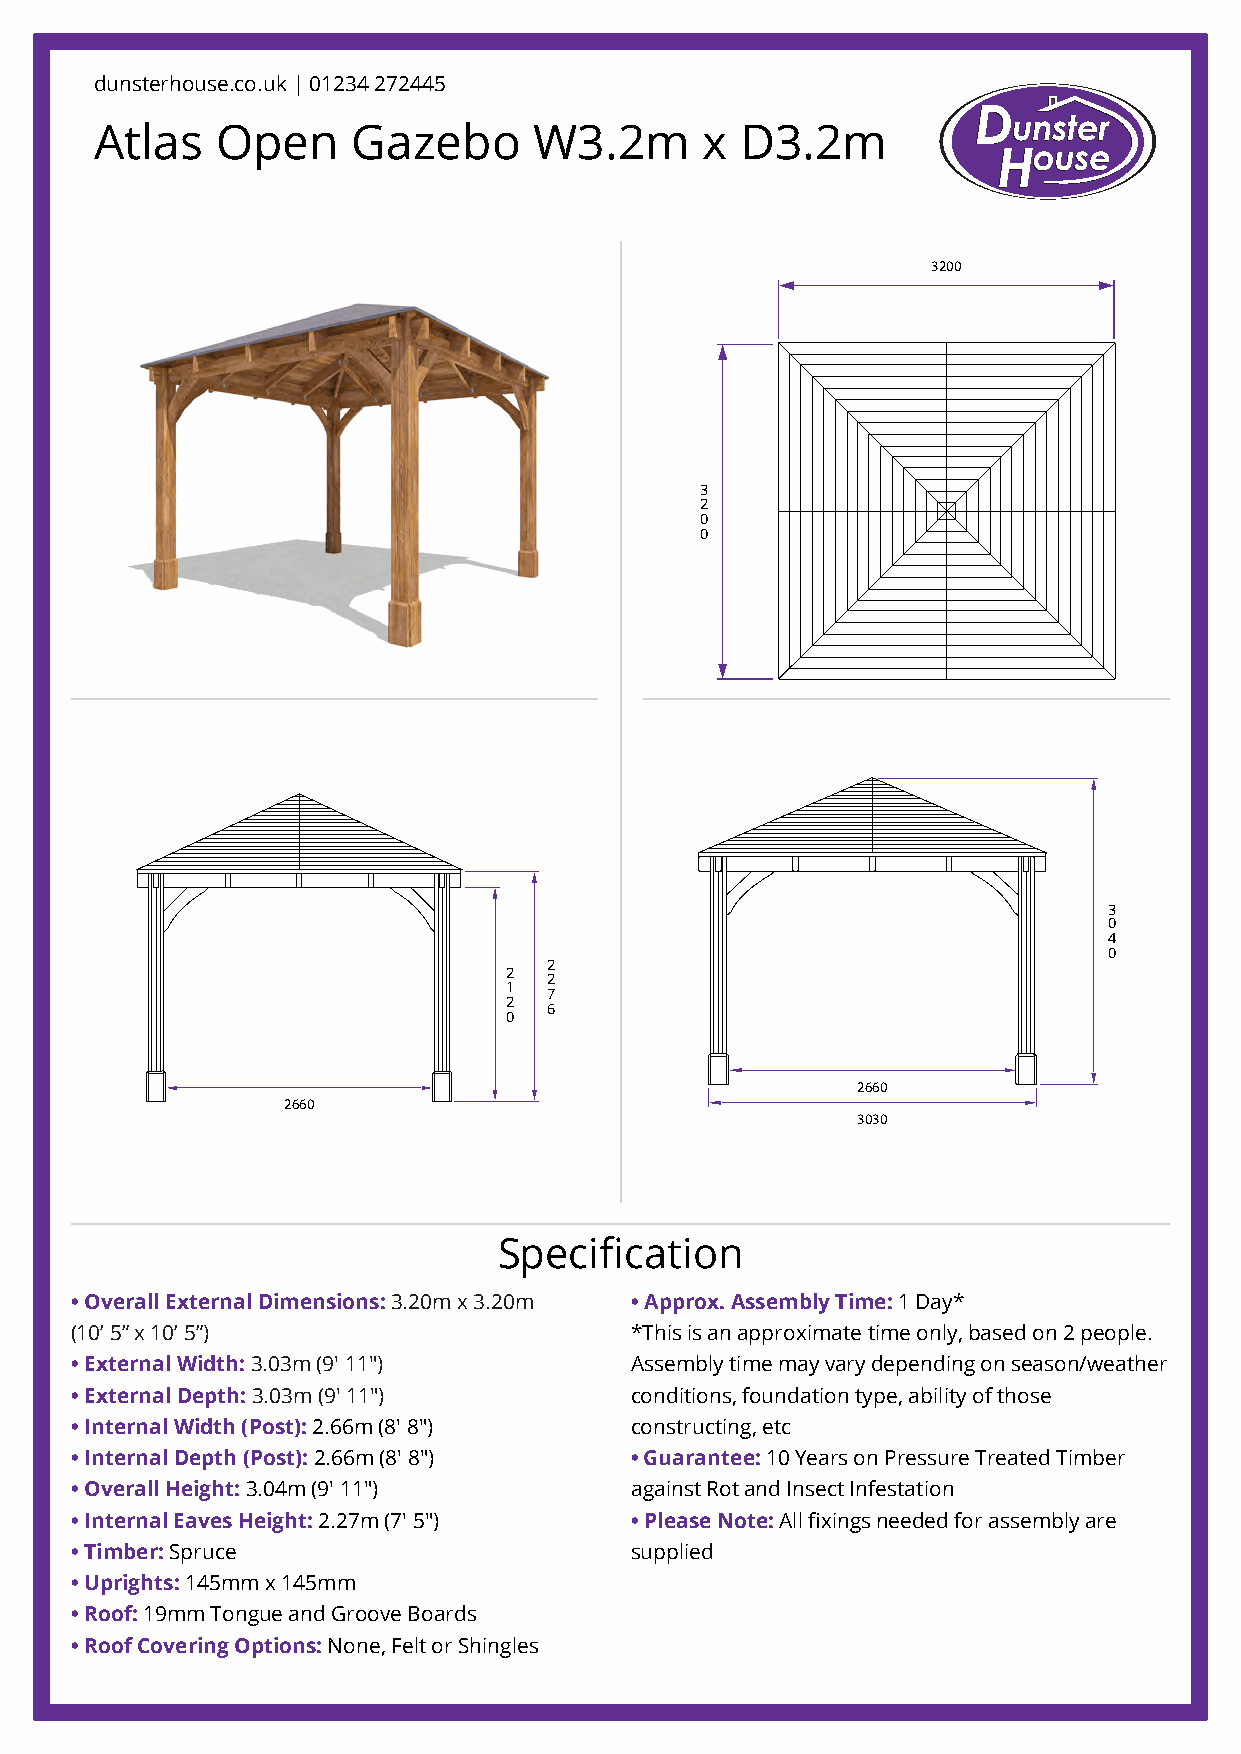
dunsterhouse.co.uk | 01234 272445
 Atlas   Open     Gazebo      W3.2m      x  D3.2m
 3200
 3
 2
 0
 0
 3
 0
 4
 0
 2
 2
 2
 1
 7
 2
 6
 0
 2660
 2660
 3030
 Specification
 • Overall External Dimensions: 3.20m x 3.20m • Approx. Assembly Time: 1 Day*
 (10’ 5” x 10’ 5”)                    *This is an approximate time only, based on 2 people.
 • External Width: 3.03m (9' 11")     Assembly time may vary depending on season/weather
 • External Depth: 3.03m (9' 11")     conditions, foundation type, ability of those
 • Internal Width (Post): 2.66m (8' 8") constructing, etc
 • Internal Depth (Post): 2.66m (8' 8") • Guarantee: 10 Years on Pressure Treated Timber
 • Overall Height: 3.04m (9' 11")     against Rot and Insect Infestation
 • Internal Eaves Height: 2.27m (7' 5") • Please Note: All fixings needed for assembly are
 • Timber: Spruce                     supplied
 • Uprights: 145mm x 145mm
 • Roof: 19mm Tongue and Groove Boards
 • Roof Covering Options: None, Felt or Shingles